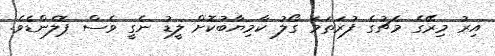
އިރު މިރޭގެ މެޗުގެ ފުރަތަމަ ގޯލު ކާމިޔާބުކޮށް ލީޑު ނެގީ ވެސް ޕޮލެންޑެވެ.